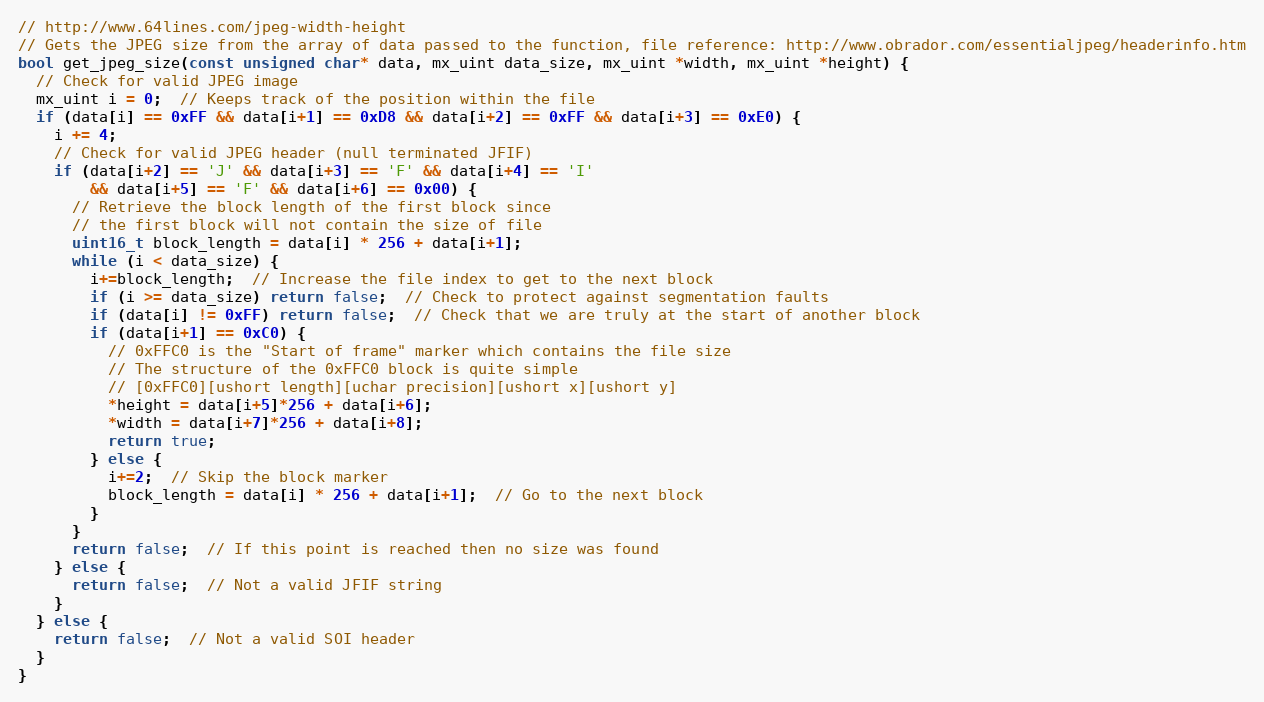
Language: C++
// http://www.64lines.com/jpeg-width-height
// Gets the JPEG size from the array of data passed to the function, file reference: http://www.obrador.com/essentialjpeg/headerinfo.htm
bool get_jpeg_size(const unsigned char* data, mx_uint data_size, mx_uint *width, mx_uint *height) {
  // Check for valid JPEG image
  mx_uint i = 0;  // Keeps track of the position within the file
  if (data[i] == 0xFF && data[i+1] == 0xD8 && data[i+2] == 0xFF && data[i+3] == 0xE0) {
    i += 4;
    // Check for valid JPEG header (null terminated JFIF)
    if (data[i+2] == 'J' && data[i+3] == 'F' && data[i+4] == 'I'
        && data[i+5] == 'F' && data[i+6] == 0x00) {
      // Retrieve the block length of the first block since
      // the first block will not contain the size of file
      uint16_t block_length = data[i] * 256 + data[i+1];
      while (i < data_size) {
        i+=block_length;  // Increase the file index to get to the next block
        if (i >= data_size) return false;  // Check to protect against segmentation faults
        if (data[i] != 0xFF) return false;  // Check that we are truly at the start of another block
        if (data[i+1] == 0xC0) {
          // 0xFFC0 is the "Start of frame" marker which contains the file size
          // The structure of the 0xFFC0 block is quite simple
          // [0xFFC0][ushort length][uchar precision][ushort x][ushort y]
          *height = data[i+5]*256 + data[i+6];
          *width = data[i+7]*256 + data[i+8];
          return true;
        } else {
          i+=2;  // Skip the block marker
          block_length = data[i] * 256 + data[i+1];  // Go to the next block
        }
      }
      return false;  // If this point is reached then no size was found
    } else {
      return false;  // Not a valid JFIF string
    }
  } else {
    return false;  // Not a valid SOI header
  }
}